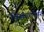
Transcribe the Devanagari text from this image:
विसंगतीवर